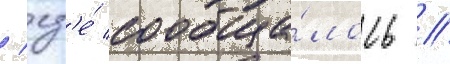
/ гд'е́ сообща́лось //